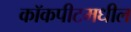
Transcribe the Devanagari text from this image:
कॉकपीटमधील